Annual statistical returns and brief notes on vaccination in Bengal - 1896-1909
Year: 1896
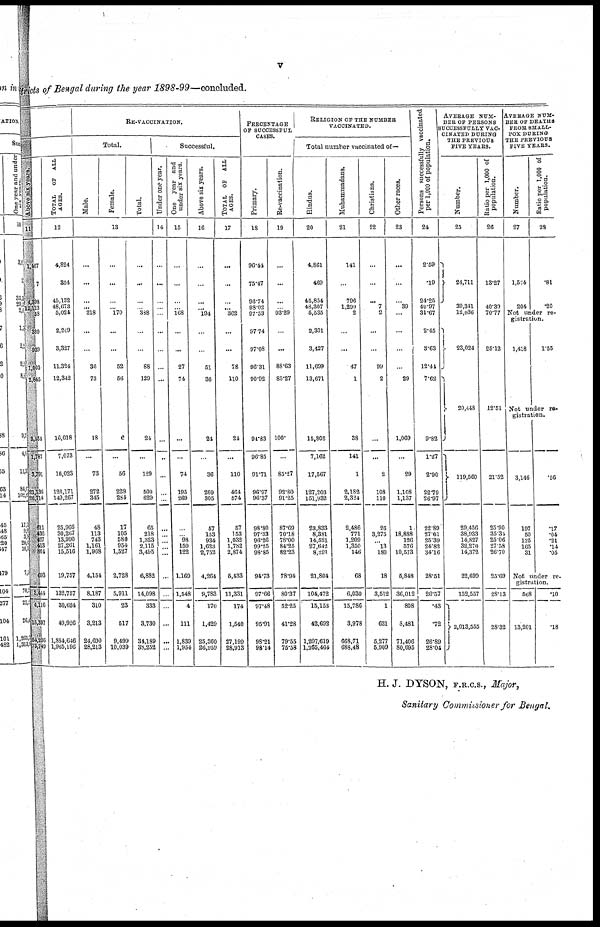
v
Districts of Bengal during the year 1898-99—concluded.
Above six years.
11
1,407
7
4,393
12,123
58
380
939
1,003
2,845
3,554
1,787
3,791
21,136
28,714
611
436
127
413
864
693
3,444
4,116
15,397
54,236
78,749
TOTAL
OF ALL
AGES.
12
4,824
354
45,132
48,673
5,024
2,249
3,327
11,324
12,342
10,018
7,073
16,023
126,17l
140,267
25,966
30,267
13,990
27,261
15,516
19,757
132,757
30,624
49,926
1,884,646
1,905,196
RE-VACCINATION.
Total.
Male.
Female.
Total.
13
...
...
...
...
218
...
...
36
73
18
...
73
272
345
48
113
743
1,161
1,968
4,154
8,187
310
3,213
24,690
28,213
...
...
...
... 170
...
...
52
56
6
...
66
228
284
17
105
580
954
1,527
2,728
5,911
23
517
9,499
10,039
...
...
...
... 388
...
...
88
129
24
...
129
500
629
65
218
1,323
2,115
3,495
6,882
14,098
333
3,730
34,189
38,252
Successful.
Under one year.
14
...
...
...
...
...
...
...
...
...
...
..
...
...
...
...
...
...
...
...
...
...
...
...
...
...
One year and
under six years.
15
...
...
...
...
168
...
...
27
74
...
...
74
195
269
...
... 98
159
122
1,169
1,548
4
111
1,839
1,954
Above six years.
16
...
...
...
... 194
...
...
51
36
24
...
36
269
305
57
153
934
1,623
2,752
4,264
9,783
170
1,429
25,360
26,959
TOTAL OF ALL
AGES.
17
...
...
...
... 362
...
...
78
110
24
...
110
464
574
57
153
1,032
1,782
2,874
5,433
11,331
174
1,540
27,199
28,913
PERCENTAGE
OF SUCCESSFUL
CASES.
Primary.
18
96.44
75.47
96.74
98.02
97.53
97.74
97.08
96.31
90.92
94.83
96.85
91.71
96.97 96.37 98.80 97.33 96.26 99.25
98.85
94.73
97.66
97.48
95.91
98.21
98.14
Re-vaccination.
19
...
...
...
... 93.29
...
...
88.63
83.27
100.
...
85.27
92.80
91.25
87.69
70.18
78.00
84.25
82.23
78.94
80.37
52.25
41.28
79.55
75.58
RELIGION OF THE NUMBER
VACCINATED.
Total number vaccinated of—
Hindus.
20
4,862
469
45,854
43,307
5,535
2,301
3,427
11,699
13,671
15,808
7,162
17,567
127,203
151,932
23,833
8,381
14,521
27,642
8,291
21,804
104,472
15,153
42,692
1,207,619
1,265,464
Muhammadans.
21
141
796
1,299
2
...
...
47
1
38
141
1
2,182
2,324
2,486
771
1,209
1,350
146
68
6,030
15,786
3,978
668,71
688,48
Christians.
22
...
...
...
7
2
...
...
99
2
...
...
2
108
110
26
3,275
... 13
180
18
3,512
1
631
5,277
5,909
Other races.
23
...
...
...
39
...
...
...
...
29
1,069
...
29
1,108
1,137
1
18,888
126
576
10,573
5,848
36,012
808
8,481
71,406
80,695
Persons successfully vaccinated
per 1,000 of population.
24
2.59
.19
24.25 49.97 31.67
2.45
3.63
12.44
7.62
9.82
1.27
2.90
22.79
26.97
22.89
27.61
25.39
24.82
34.16
28.51
26.57
.43
.72
26.89
28.04
AVERAGE NUM-
BER OF PERSONS
SUCCESSFULLY VAC-
CINATED DURING
THE PREVIOUS
FIVE YEARS.
Number.
25
24,711
39,341
12,036
23,024
20,448
119,560
29,456
38,933
14,827
32,270
14,372
22,699
152,557
2,013,555
Ratio per 1,000 of
population.
26
13.27
40.39
70.77
25.12
12.51
21.52
25.90
35.34
25.06
27.58
26.70
25.69
28.13
28.32
AVERAGE NUM-
BER OF DEATHS
FROM SMALL-
POX DURING-
THE PREVIOUS
FIVE YEARS.
Number.
27
1,524
204
Ratio per 1,000 of
population.
28
.81
.20
Not under re-
gistration.
1,418
1.55
Not under re-
gistration.
3,146
197
50
125
165
31
.56
.17
.04
.21
.14
.05
Not under re-
gistration.
568
13,201
.10
.18
H. J. DYSON, F.R.C.S., Major,
Sanitary Commissioner for Bengal.